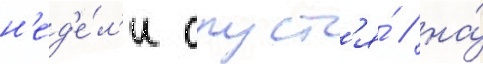
н'ед'е́л'и спуст'я́ / на́